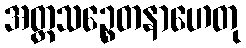
အတ္တသဉ္စေတနာဟေတု